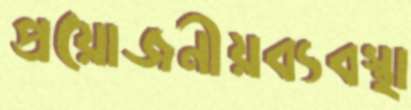
প্রয়োজনীয়ব্যবস্থা